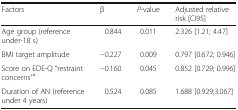
<table><thead><tr><td><b>Factors</b></td><td><b>β</b></td><td><b><i>P</i>-value</b></td><td><b>Adjusted relative risk [CI95]</b></td></tr></thead><tbody><tr><td>Age group (reference under-18 s)</td><td>0.844</td><td>0.011</td><td>2.326 [1.21; 4.47]</td></tr><tr><td>BMI target amplitude</td><td>−0.227</td><td>0.009</td><td>0.797 [0.672; 0.946]</td></tr><tr><td>Score on EDE-Q “restraint concerns”<sup>a</sup></td><td>−0.160</td><td>0.045</td><td>0.852 [0.729; 0.996]</td></tr><tr><td>Duration of AN (reference under 4 years)</td><td>0.524</td><td>0.085</td><td>1.688 [0.929;3.067]</td></tr></tbody></table>